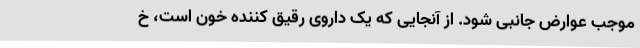
موجب عوارض جانبی شود. از آنجایی که یک داروی رقیق کننده خون است، خ